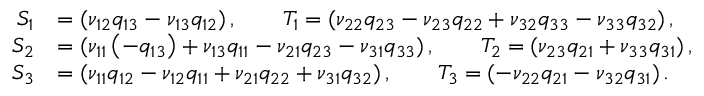
\begin{array} { r l } { S _ { 1 } } & { = ( \nu _ { 1 2 } q _ { 1 3 } - \nu _ { 1 3 } q _ { 1 2 } ) \, , \qquad T _ { 1 } = ( \nu _ { 2 2 } q _ { 2 3 } - \nu _ { 2 3 } q _ { 2 2 } + \nu _ { 3 2 } q _ { 3 3 } - \nu _ { 3 3 } q _ { 3 2 } ) \, , } \\ { S _ { 2 } } & { = ( \nu _ { 1 1 } \left( - q _ { 1 3 } \right) + \nu _ { 1 3 } q _ { 1 1 } - \nu _ { 2 1 } q _ { 2 3 } - \nu _ { 3 1 } q _ { 3 3 } ) \, , \qquad T _ { 2 } = ( \nu _ { 2 3 } q _ { 2 1 } + \nu _ { 3 3 } q _ { 3 1 } ) \, , } \\ { S _ { 3 } } & { = ( \nu _ { 1 1 } q _ { 1 2 } - \nu _ { 1 2 } q _ { 1 1 } + \nu _ { 2 1 } q _ { 2 2 } + \nu _ { 3 1 } q _ { 3 2 } ) \, , \qquad T _ { 3 } = ( - \nu _ { 2 2 } q _ { 2 1 } - \nu _ { 3 2 } q _ { 3 1 } ) \, . } \end{array}